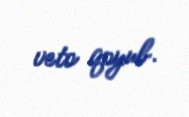
veto qoyub.